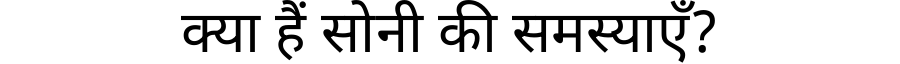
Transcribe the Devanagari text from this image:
क्या हैं सोनी की समस्याएँ?